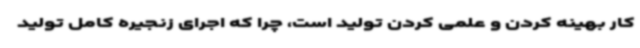
کار بهینه کردن و علمی کردن تولید است، چرا که اجرای زنجیره کامل تولید